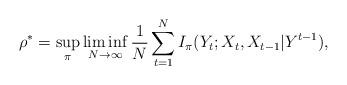
LaTeX: \begin{align*} \rho^{\ast} &= \sup_{\pi}\liminf _{N\rightarrow\infty} \frac{1}{N}\sum_{t=1}^{N}I_{\pi}(Y_{t};X_t,X_{t-1}|Y^{t-1}),\end{align*}